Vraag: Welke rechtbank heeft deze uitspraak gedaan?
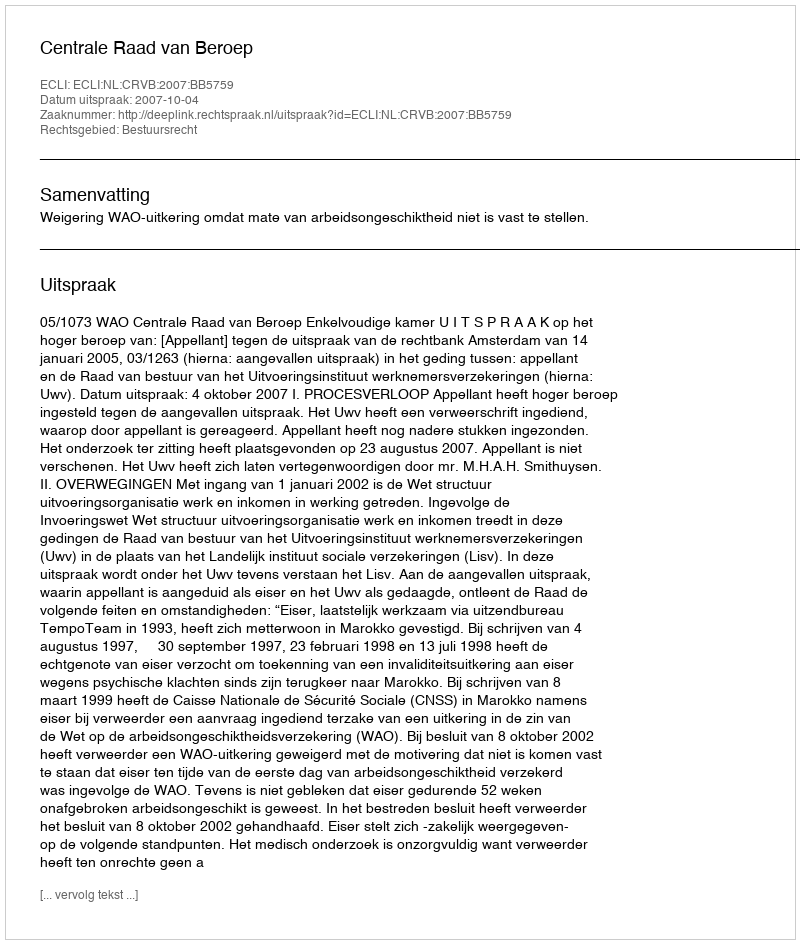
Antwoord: Centrale Raad van Beroep